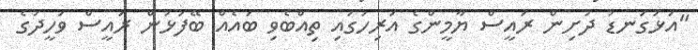
"އަޅުގަނޑު ދުށިން ރައީސް ޔާމީންގެ އަރިހުގައި ތިއްބެވި ބައެއް ބޭފުޅުން ރައީސް ވަހީދުގެ